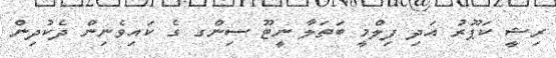
ރިޝީ ކަޕޫރު އަދި ފިލްމީ ބަތަލާ ނީޓޫ ސިންގ ގެ ކައިވެނިން ދެކުދިން